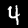
Label: 4